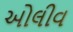
ઓલીવ